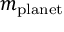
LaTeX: m _ { \mathrm { p l a n e t } }